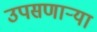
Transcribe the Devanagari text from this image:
उपसणाऱ्या